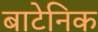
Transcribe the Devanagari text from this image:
बाटेनिक